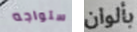
ستواجه بألوان